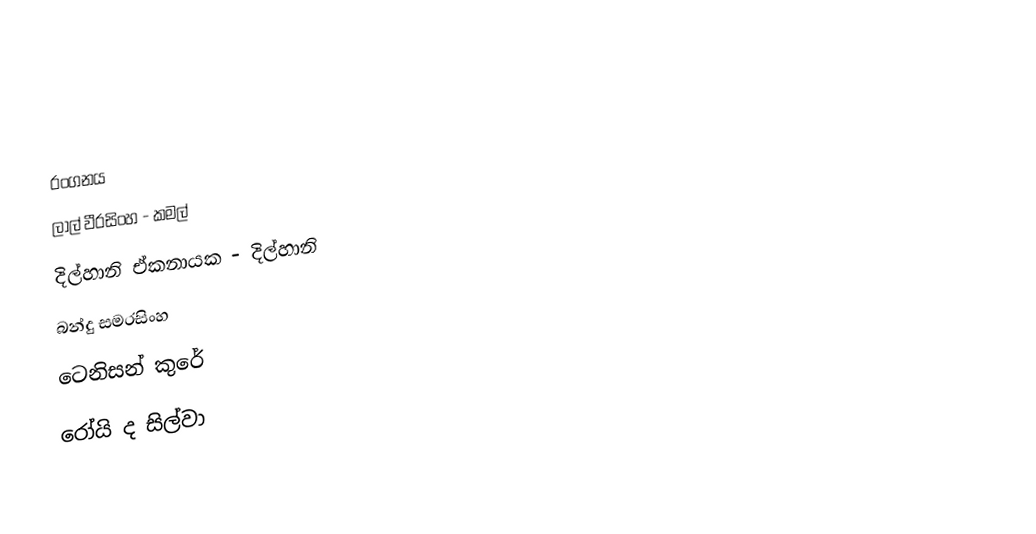

රංගනය
ලාල් වීරසිංහ - කමල්
දිල්හානි ඒකනායක - දිල්හානි
බන්දු සමරසිංහ
ටෙනිසන් කුරේ
රෝයි ද සිල්වා